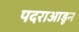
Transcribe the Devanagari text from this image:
पदराआडून